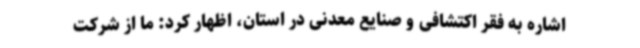
اشاره به فقر اکتشافی و صنایع معدنی در استان، اظهار کرد: ما از شرکت